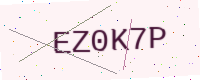
Text: EZ0K7P